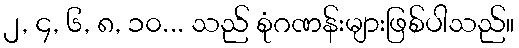
၂, ၄, ၆, ၈, ၁၀... သည် စုံဂဏန်းများဖြစ်ပါသည်။